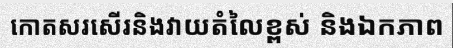
កោតសរសើរនិងវាយតំលៃខ្ពស់ និងឯកភាព